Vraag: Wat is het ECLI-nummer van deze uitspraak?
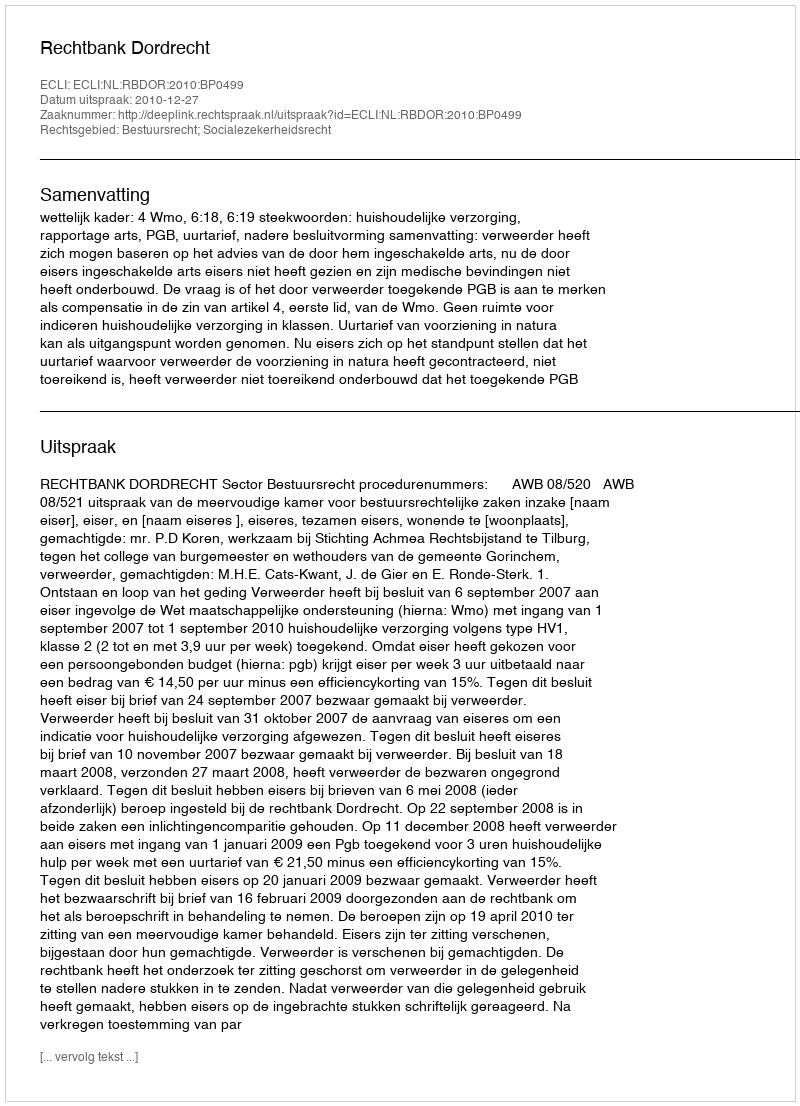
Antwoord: ECLI:NL:RBDOR:2010:BP0499